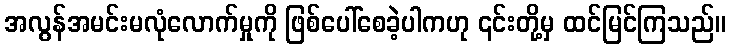
အလွန်အမင်းမလုံလောက်မှုကို ဖြစ်ပေါ်စေခဲ့ပါကဟု ၎င်းတို့မှ ထင်မြင်ကြသည်။